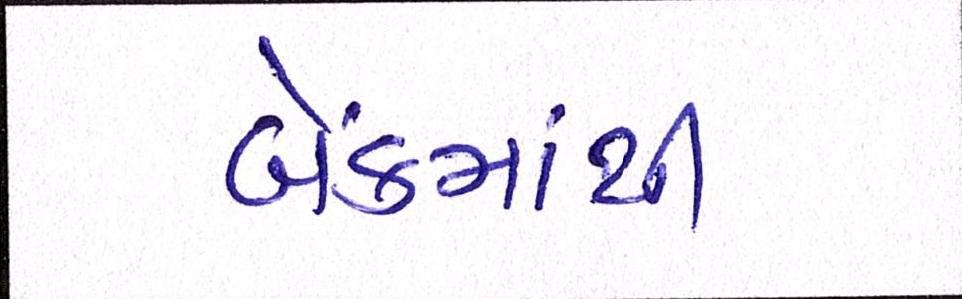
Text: બેંકમાંથી